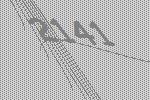
2141